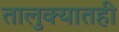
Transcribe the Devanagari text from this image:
तालुक्‍यातही